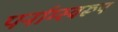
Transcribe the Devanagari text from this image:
पर्नाम्स्वरूप